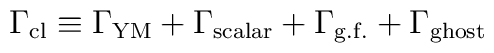
\Gamma_{\mathrm{cl}} \equiv \Gamma_{\mathrm{YM}}+\Gamma_{\mathrm{scalar}}+\Gamma_{\mathrm{g.f.}}+\Gamma_{\mathrm{ghost}}